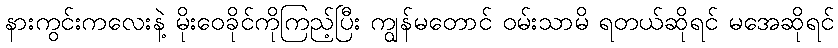
နားကွင်းကလေးနဲ့ မိုးဝေခိုင်ကိုကြည့်ပြီး ကျွန်မတောင် ဝမ်းသာမိ ရတယ်ဆိုရင် မအေဆိုရင်